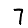
Digit: 7